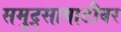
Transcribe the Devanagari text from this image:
समुद्र्सापाटीवर